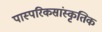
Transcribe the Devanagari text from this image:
पास्परिकसांस्कृतिक